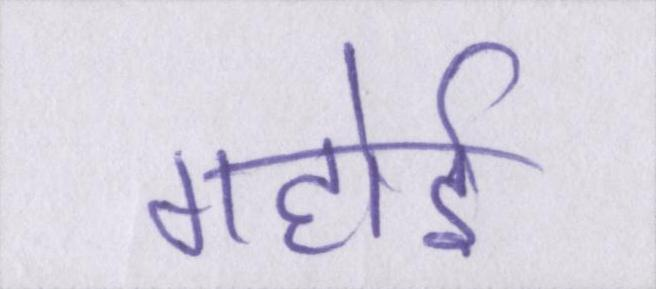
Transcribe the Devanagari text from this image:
गहोई